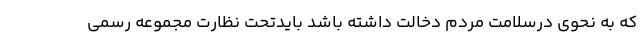
که به نحوی درسلامت مردم دخالت داشته باشد بایدتحت نظارت مجموعه رسمی